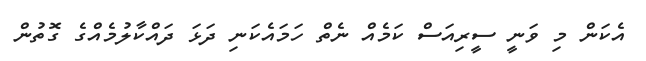
އެކަން މި ވަނީ ސީރިއަސް ކަމެއް ނެތް ހަމައެކަނި ދަޅަ ދައްކާލުމެއްގެ ގޮތުން